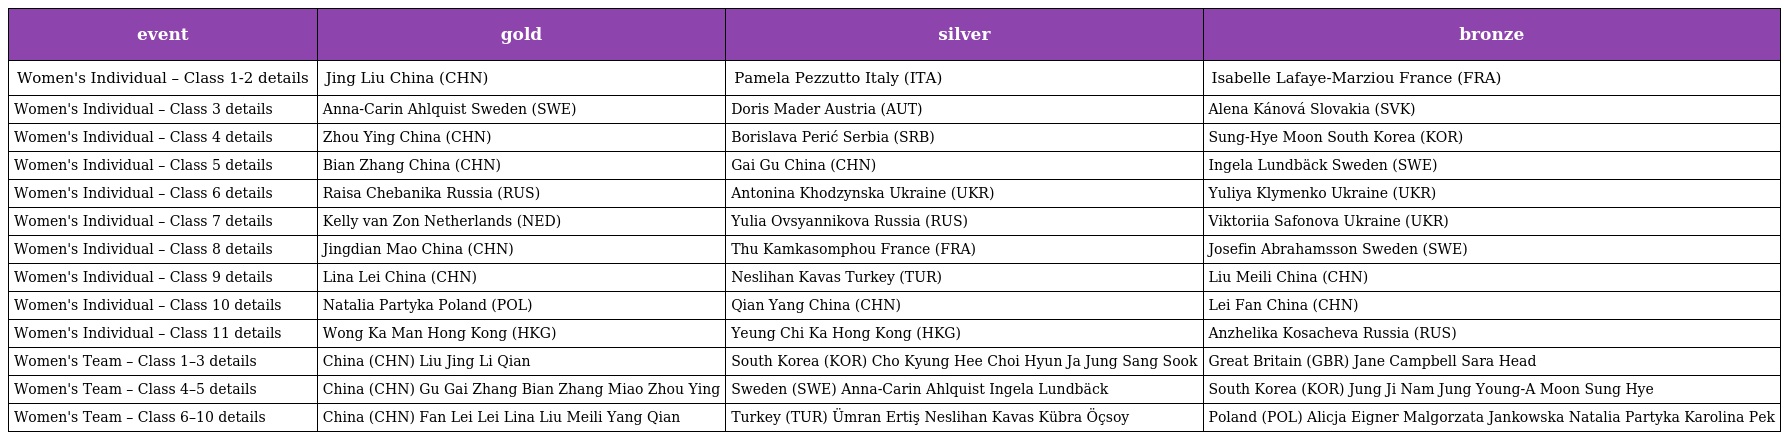
| event | gold | silver | bronze |
 | --- | --- | --- | --- |
 | Women's Individual – Class 1-2 details | Jing Liu China (CHN) | Pamela Pezzutto Italy (ITA) | Isabelle Lafaye-Marziou France (FRA) |
 | Women's Individual – Class 3 details | Anna-Carin Ahlquist Sweden (SWE) | Doris Mader Austria (AUT) | Alena Kánová Slovakia (SVK) |
 | Women's Individual – Class 4 details | Zhou Ying China (CHN) | Borislava Perić Serbia (SRB) | Sung-Hye Moon South Korea (KOR) |
 | Women's Individual – Class 5 details | Bian Zhang China (CHN) | Gai Gu China (CHN) | Ingela Lundbäck Sweden (SWE) |
 | Women's Individual – Class 6 details | Raisa Chebanika Russia (RUS) | Antonina Khodzynska Ukraine (UKR) | Yuliya Klymenko Ukraine (UKR) |
 | Women's Individual – Class 7 details | Kelly van Zon Netherlands (NED) | Yulia Ovsyannikova Russia (RUS) | Viktoriia Safonova Ukraine (UKR) |
 | Women's Individual – Class 8 details | Jingdian Mao China (CHN) | Thu Kamkasomphou France (FRA) | Josefin Abrahamsson Sweden (SWE) |
 | Women's Individual – Class 9 details | Lina Lei China (CHN) | Neslihan Kavas Turkey (TUR) | Liu Meili China (CHN) |
 | Women's Individual – Class 10 details | Natalia Partyka Poland (POL) | Qian Yang China (CHN) | Lei Fan China (CHN) |
 | Women's Individual – Class 11 details | Wong Ka Man Hong Kong (HKG) | Yeung Chi Ka Hong Kong (HKG) | Anzhelika Kosacheva Russia (RUS) |
 | Women's Team – Class 1–3 details | China (CHN) Liu Jing Li Qian | South Korea (KOR) Cho Kyung Hee Choi Hyun Ja Jung Sang Sook | Great Britain (GBR) Jane Campbell Sara Head |
 | Women's Team – Class 4–5 details | China (CHN) Gu Gai Zhang Bian Zhang Miao Zhou Ying | Sweden (SWE) Anna-Carin Ahlquist Ingela Lundbäck | South Korea (KOR) Jung Ji Nam Jung Young-A Moon Sung Hye |
 | Women's Team – Class 6–10 details | China (CHN) Fan Lei Lei Lina Liu Meili Yang Qian | Turkey (TUR) Ümran Ertiş Neslihan Kavas Kübra Öçsoy | Poland (POL) Alicja Eigner Malgorzata Jankowska Natalia Partyka Karolina Pek |